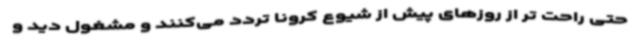
حتی راحت تر از روزهای پیش از شیوع کرونا تردد می‌کنند و مشغول دید و